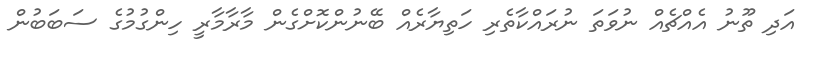
އަދި ތޫނު އެއްޗެއް ނުވަތަ ނުރައްކާތެރި ހަތިޔާރެއް ބޭނުންކޮށްގެން މާރާމާރީ ހިންގުމުގެ ސަބަބުން